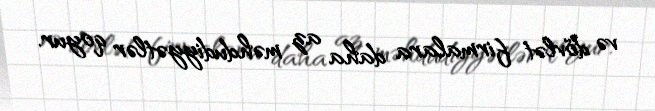
və dövlət firmalara daha az məhdudiyyətlər qoyur.